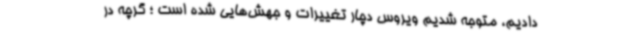
دادیم، متوجه شدیم ویروس دچار تغییرات و جهش‌هایی شده است ؛ گرچه در